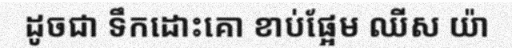
ដូចជា ទឹកដោះគោ ខាប់ផ្អែម ឈីស យ៉ា